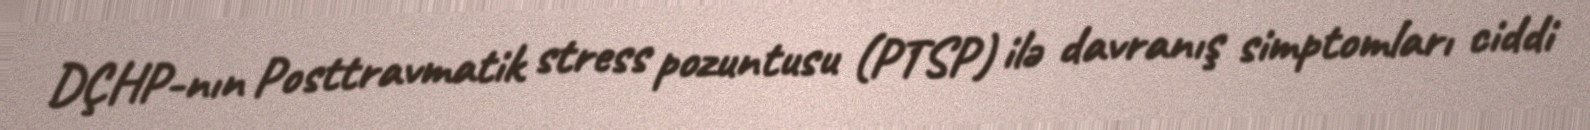
DÇHP-nın Posttravmatik stress pozuntusu (PTSP) ilə davranış simptomları ciddi